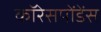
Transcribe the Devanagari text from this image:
कॉरेसपोंडेंस